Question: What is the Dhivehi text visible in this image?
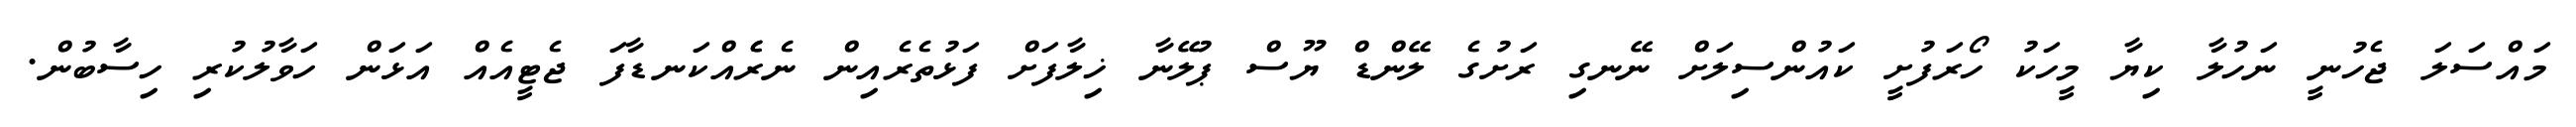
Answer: މައްސަލަ ޖެހުނީ ނަހުލާ ކިޔާ މީހަކު ހޯރަފުށީ ކައުންސިލަށް ނޭނގި ރަށުގެ ލޭންޑް ޔޫސް ޕުލޭނާ ޚިލާފަށް ފަޅުތެރެއިން ނެރެެއްކަނޑާފަ ޖެޓީއެއް އަޅަން ހަވާލުކުރި ހިސާބުން.